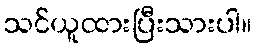
သင်ယူထားပြီးသားပါ။